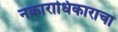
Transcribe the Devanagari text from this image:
नकाराधिकाराचा